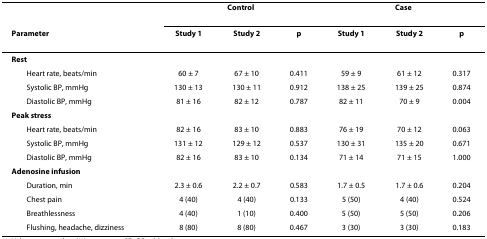
<table><thead><tr><td></td><td colspan="3"><b>Control</b></td><td colspan="3"><b>Case</b></td></tr><tr><td><b>Parameter</b></td><td><b>Study 1</b></td><td><b>Study 2</b></td><td><b>p</b></td><td><b>Study 1</b></td><td><b>Study 2</b></td><td><b>p</b></td></tr></thead><tbody><tr><td><b>Rest</b></td><td></td><td></td><td></td><td></td><td></td><td></td></tr><tr><td> Heart rate, beats/min</td><td>60 ± 7</td><td>67 ± 10</td><td>0.411</td><td>59 ± 9</td><td>61 ± 12</td><td>0.317</td></tr><tr><td> Systolic BP, mmHg</td><td>130 ± 13</td><td>130 ± 11</td><td>0.912</td><td>138 ± 25</td><td>139 ± 25</td><td>0.874</td></tr><tr><td> Diastolic BP, mmHg</td><td>81 ± 16</td><td>82 ± 12</td><td>0.787</td><td>82 ± 11</td><td>70 ± 9</td><td>0.004</td></tr><tr><td><b>Peak stress</b></td><td></td><td></td><td></td><td></td><td></td><td></td></tr><tr><td> Heart rate, beats/min</td><td>82 ± 16</td><td>83 ± 10</td><td>0.883</td><td>76 ± 19</td><td>70 ± 12</td><td>0.063</td></tr><tr><td> Systolic BP, mmHg</td><td>131 ± 12</td><td>129 ± 12</td><td>0.537</td><td>130 ± 31</td><td>135 ± 20</td><td>0.671</td></tr><tr><td> Diastolic BP, mmHg</td><td>82 ± 16</td><td>83 ± 10</td><td>0.134</td><td>71 ± 14</td><td>71 ± 15</td><td>1.000</td></tr><tr><td><b>Adenosine infusion</b></td><td></td><td></td><td></td><td></td><td></td><td></td></tr><tr><td> Duration, min</td><td>2.3 ± 0.6</td><td>2.2 ± 0.7</td><td>0.583</td><td>1.7 ± 0.5</td><td>1.7 ± 0.6</td><td>0.204</td></tr><tr><td> Chest pain</td><td>4 (40)</td><td>4 (40)</td><td>0.133</td><td>5 (50)</td><td>4 (40)</td><td>0.524</td></tr><tr><td> Breathlessness</td><td>4 (40)</td><td>1 (10)</td><td>0.400</td><td>5 (50)</td><td>5 (50)</td><td>0.206</td></tr><tr><td> Flushing, headache, dizziness</td><td>8 (80)</td><td>8 (80)</td><td>0.467</td><td>3 (30)</td><td>3 (30)</td><td>0.183</td></tr></tbody></table>